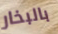
بالبخار